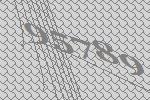
95789